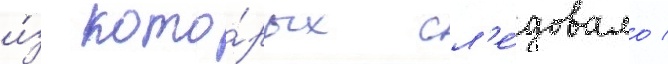
и́з кото́рых сл'е́довало /